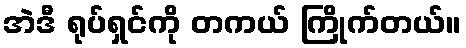
အဲဒီ ရုပ်ရှင်ကို တကယ် ကြိုက်တယ်။